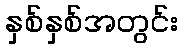
နှစ်နှစ်အတွင်း